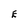
Character: E